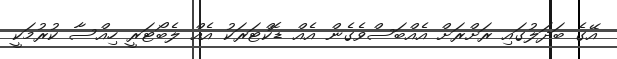
އޭގެ ބަދަލުގައި ރަށްރަށް އެއްބަސްވެގެން އެއް ޑޮކްޓަރަކު އެއް ލެބޯޓަރީ ހިއްސާ ކުރުމަކީ